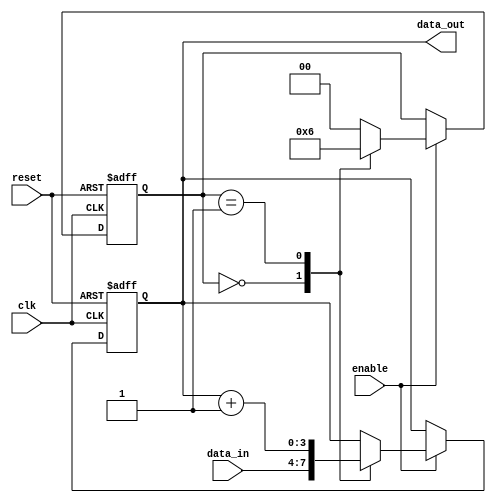
module falling_edge_trigger (
    input wire clk,           // Clock signal
    input wire reset,         // Asynchronous reset signal
    input wire enable,        // Enable signal for operations
    input wire [3:0] data_in, // Input data
    output reg [3:0] data_out // Output data
);

    // State variable
    reg [1:0] state;

    // State encoding
    localparam STATE_IDLE = 2'b00;
    localparam STATE_PROCESS = 2'b01;
    localparam STATE_DONE = 2'b10;

    // Always block triggered on the negative edge of the clock
    always @(negedge clk or posedge reset) begin
        if (reset) begin
            // Reset the state and output on reset
            state <= STATE_IDLE;
            data_out <= 4'b0000;
        end else if (enable) begin
            case (state)
                STATE_IDLE: begin
                    // Transition to PROCESS state and update output
                    state <= STATE_PROCESS;
                    data_out <= data_in; // Assign input data to output
                end
                
                STATE_PROCESS: begin
                    // Perform some processing (example: incrementing)
                    data_out <= data_out + 1;
                    // Transition to DONE state
                    state <= STATE_DONE;
                end
                
                STATE_DONE: begin
                    // Reset to IDLE state after processing
                    state <= STATE_IDLE;
                end
                
                default: begin
                    // Default case to avoid latches
                    state <= STATE_IDLE;
                end
            endcase
        end
    end

endmodule